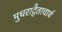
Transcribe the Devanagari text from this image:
मुधराद्वैताचार्य